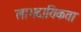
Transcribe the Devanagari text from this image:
लाभदायिकता